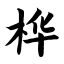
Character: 桦